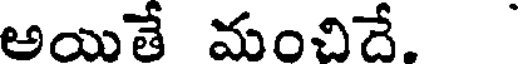
అయితే మంచిదే.